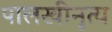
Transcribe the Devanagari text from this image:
पालखीनृत्य